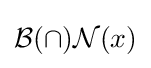
{\mathcal {B}}(\cap ){\mathcal {N}}(x)